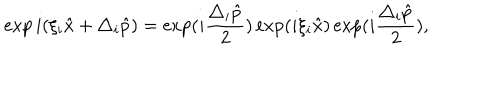
\exp i ( \xi _ { i } \hat { x } + \triangle _ { i } \hat { p } ) = \exp ( i \frac { \triangle _ { i } \hat { p } } { 2 } ) \exp ( i \xi _ { i } \hat { x } ) \exp ( i \frac { \triangle _ { i } \hat { p } } { 2 } ) ,